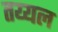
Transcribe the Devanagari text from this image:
तय्यल